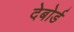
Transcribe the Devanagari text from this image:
देबोर्ड